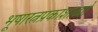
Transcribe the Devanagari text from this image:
भूषारत्नप्रकाशाढ्यो